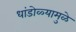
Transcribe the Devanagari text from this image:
धांडोळ्यामुळे